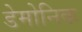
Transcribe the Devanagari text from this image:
डेमोनिक